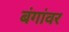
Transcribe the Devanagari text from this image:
बंगांवर